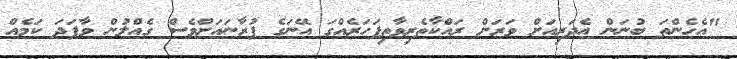
"އެހެންތަ ބުނަން އެދަރިއަށް ވަރަށް ރައްކާތެރިވާތިފަހަރެއްގަ އޭނަގެ ފުރާނައަށްވެސް ގެއްލުން ވާފަދަ ކަމެއް